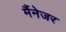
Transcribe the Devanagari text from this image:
मैंनेजर